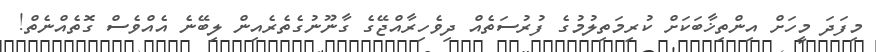
މިފަދަ މީހަށް އިންތިޚާބަކަށް ކުރިމަތިލުމުގެ ފުރުސަތެއް ދިވެހިރާއްޖޭގެ ގާނޫނުގެތެރެއިން ލިބޭނެ އެއްވެސް ގޮތެއްނެތް!